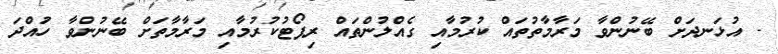
- އުޅަނދަށް ބޭނުންވާ މަރާމާތުތައް ކުރުމާއި ގެއްލުންތައް ރިޕޯޓުކުރުމާއި މަރާމާތަށް ބޭނުންވާ ހުައްދަ